Report of the Bombay Veterinary College
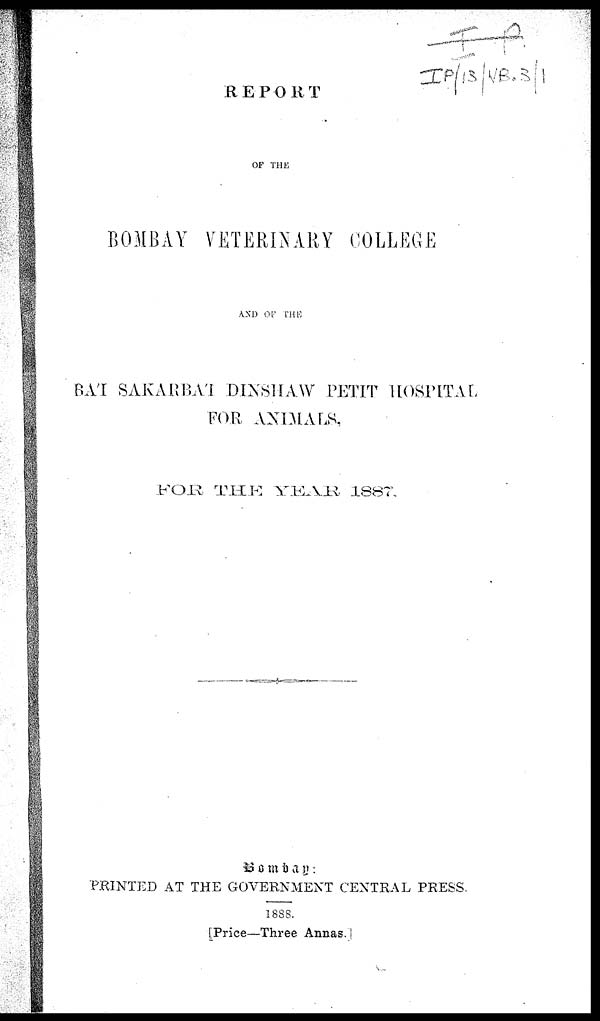
REPORT
OF THE
BOMBAY VETERINARY COLLEGE
AND OF THE
BA'I SAKARBA'I DINSHAW PETIT HOSPITAL
FOR ANIMALS,
FOR
THE YEAR 1887.
Bombay:
PRINTED AT THE GOVERNMENT CENTRAL PRESS.
1888.
[Price—Three Annas.]